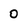
Character: 0